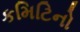
કમિટિનો